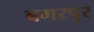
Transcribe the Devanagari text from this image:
बगरपुर